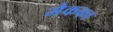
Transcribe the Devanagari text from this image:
मैकका